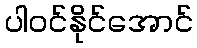
ပါဝင်နိုင်အောင်